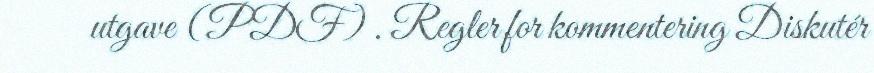
utgave (PDF) . Regler for kommentering Diskutér